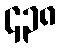
၄၃၈